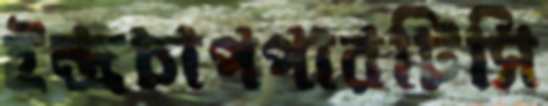
ইন্দ্রচাপপারটিসি